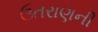
ઉતરાણની